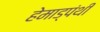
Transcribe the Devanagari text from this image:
हेमाड्पंथी